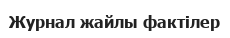
Журнал жайлы фактілер